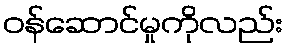
ဝန်ဆောင်မှုကိုလည်း